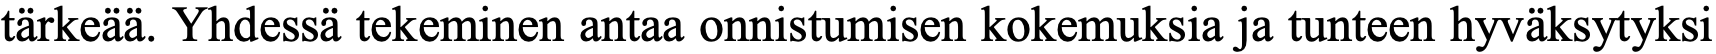
tärkeää. Yhdessä tekeminen antaa onnistumisen kokemuksia ja tunteen hyväksytyksi